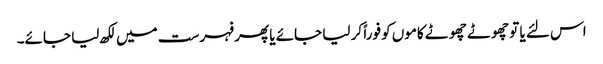
اس لئے یا تو چھوٹے چھوٹے کاموں کو فوراً کر لیا جائے یا پھر فہرست میں لکھ لیا جائے۔